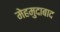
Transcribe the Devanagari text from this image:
मेहमुदाबाद